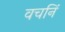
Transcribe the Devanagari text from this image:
वचनिं